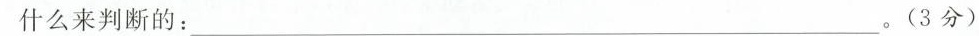
什么来判断的：___。(3分)